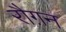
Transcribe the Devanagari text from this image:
रौग़न